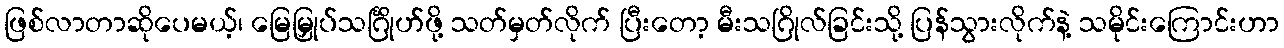
ဖြစ်လာတာဆိုပေမယ့်၊ မြေမြှုပ်သင်္ဂြိုဟ်ဖို့ သတ်မှတ်လိုက် ပြီးတော့ မီးသဂြိုလ်ခြင်းသို့ ပြန်သွားလိုက်နဲ့ သမိုင်းကြောင်းဟာ